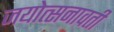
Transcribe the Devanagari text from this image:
जयोत्सनावती